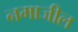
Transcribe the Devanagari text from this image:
नमाजील